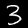
Label: 3